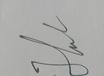
Signature authenticity: genuine